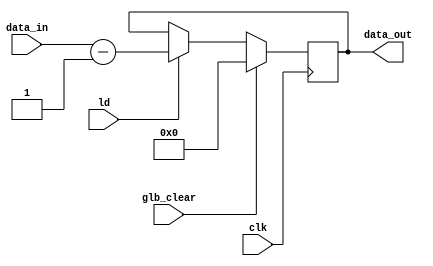
module error(clk, data_in, ld, glb_clear, data_out);
	input wire clk, ld, glb_clear;
	input wire [15:0] data_in;
	output reg [15:0] data_out;
	
	always @(posedge clk) begin
		if(glb_clear == 1'b1)
			data_out = 16'd0;
		else if(ld == 1'b1)
			data_out = data_in - 16'b0000000000000001;
	end

endmodule